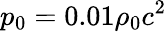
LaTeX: p_{\mathrm{0}}=0.01\rho_{\mathrm{0}}c^{2}